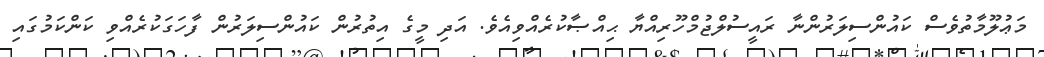
މަޢުލޫމާތުވެސް ކައުންސިލަރުންނާ ރައީސުލްޖުމްހޫރިއްޔާ ޙިއްޞާކުރެއްވިއެވެ. އަދި މީގެ އިތުރުން ކައުންސިލަރުން ފާހަގަކުރެއްވި ކަންކަމުގައި